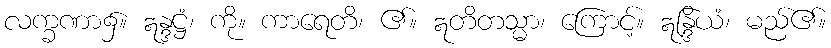
လက္ခဏာ၌။ ဣန္ဒဋ္ဌံ၊ ကို။ ကာရေတိ၊ ၏။ ဣတိတသ္မာ၊ ကြောင့်။ ဣန္ဒြိယံ၊ မည်၏။